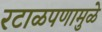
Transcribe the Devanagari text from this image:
रटाळपणामुळे